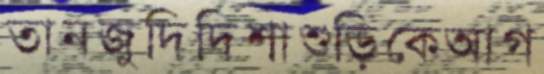
তানজুদিদিশাশুড়িকেআগ